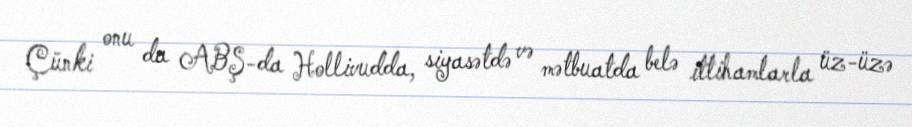
Çünki onu da ABŞ-da Hollivudda, siyasətdə və mətbuatda belə ittihamlarla üz-üzə